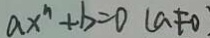
a x ^ { n } + b = 0 ( a \neq 0